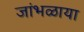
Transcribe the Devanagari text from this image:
जांभळाया